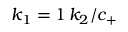
k _ { 1 } = 1 \, k _ { 2 } / c _ { + }